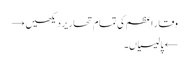
وقار اعظم کی تمام تحاریر دیکھیں →
← پالیسیاں۔